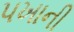
પખાની